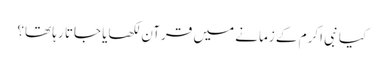
کیا نبی اکرم کے زمانے میں‌ قرآن لکھایا جاتا رہا تھا؟